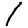
Digit: 1